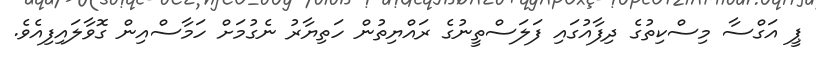
ޕީ އަގްސާ މިސްކިތުގެ ދިފާއުގައި ފަލަސްތީނުގެ ރައްޔިތުން ހަތިޔާރު ނެގުމަށް ހަމާސްއިން ގޮވާލައިފިއެވެ.